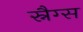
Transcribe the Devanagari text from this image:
स्नैग्स